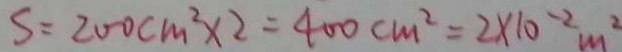
S = 2 0 0 c m ^ { 2 } \times 2 = 4 0 0 c m ^ { 2 } = 2 \times 1 0 ^ { 2 } m ^ { 2 }